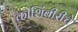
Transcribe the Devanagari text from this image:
कोशिंबीरीचे